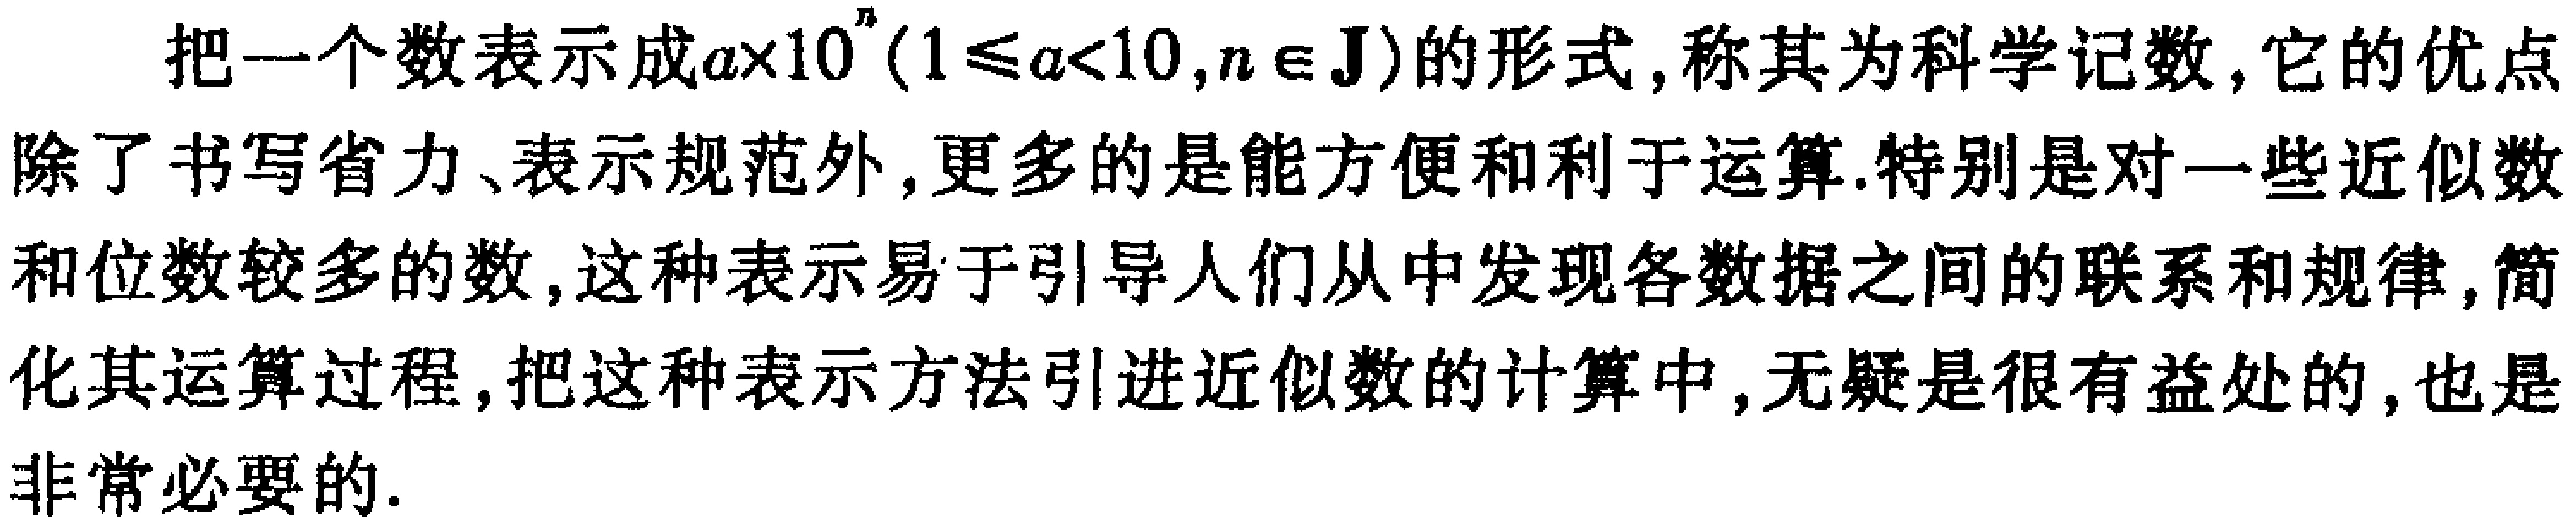
把一个数表示成\(a\times10^{n}(1\leqslant a<10,n\in \mathbf{J})\)的形式，称其为科学记数，它的优点除了书写省力、表示规范外，更多的是能方便和利于运算.特别是对一些近似数和位数较多的数，这种表示易于引导人们从中发现各数据之间的联系和规律，简化其运算过程，把这种表示方法引进近似数的计算中，无疑是很有益处的，也是非常必要的.